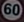
60